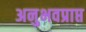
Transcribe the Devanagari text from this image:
अनुभवप्राप्त